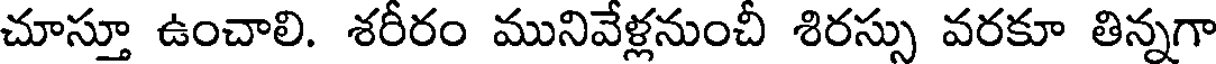
చూస్తూ ఉంచాలి. శరీరం మునివేళ్లనుంచీ శిరస్సు వరకూ తిన్నగా